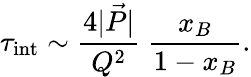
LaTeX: \tau_{\mathrm{int}}\sim{\frac{4|\vec{P}|}{Q^{2}}}~{\frac{x_{B}}{1-x_{B}}}.